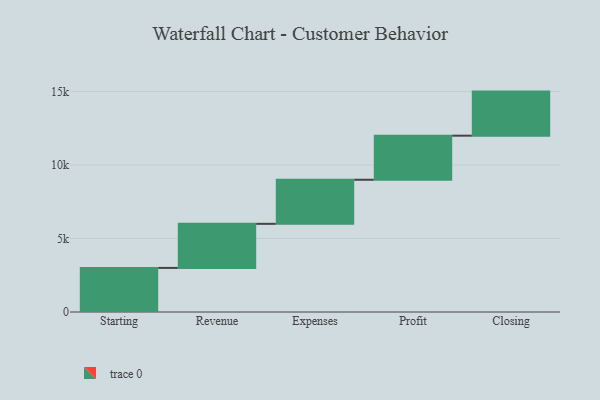
{"axis": {"x": "Step", "y": "Value"}, "legend": [""], "data": [{"x": "Starting", "y": 3000, "type": ""}, {"x": "Revenue", "y": 3000, "type": ""}, {"x": "Expenses", "y": 3000, "type": ""}, {"x": "Profit", "y": 3000, "type": ""}, {"x": "Closing", "y": 3000, "type": ""}]}